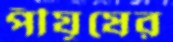
পীযূষের